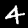
Label: 4